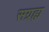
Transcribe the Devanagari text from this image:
सग्रह्य